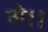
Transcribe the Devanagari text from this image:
तो।।